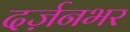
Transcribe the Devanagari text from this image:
दर्ज़नभर